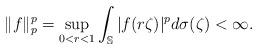
LaTeX: \begin{align*}\|f\|_p^p=\sup_{0<r<1}\int_{\mathbb{S}}|f(r\zeta)|^pd\sigma(\zeta)<\infty.\end{align*}